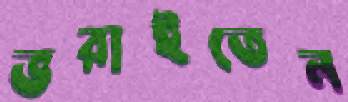
ভরাইতেন